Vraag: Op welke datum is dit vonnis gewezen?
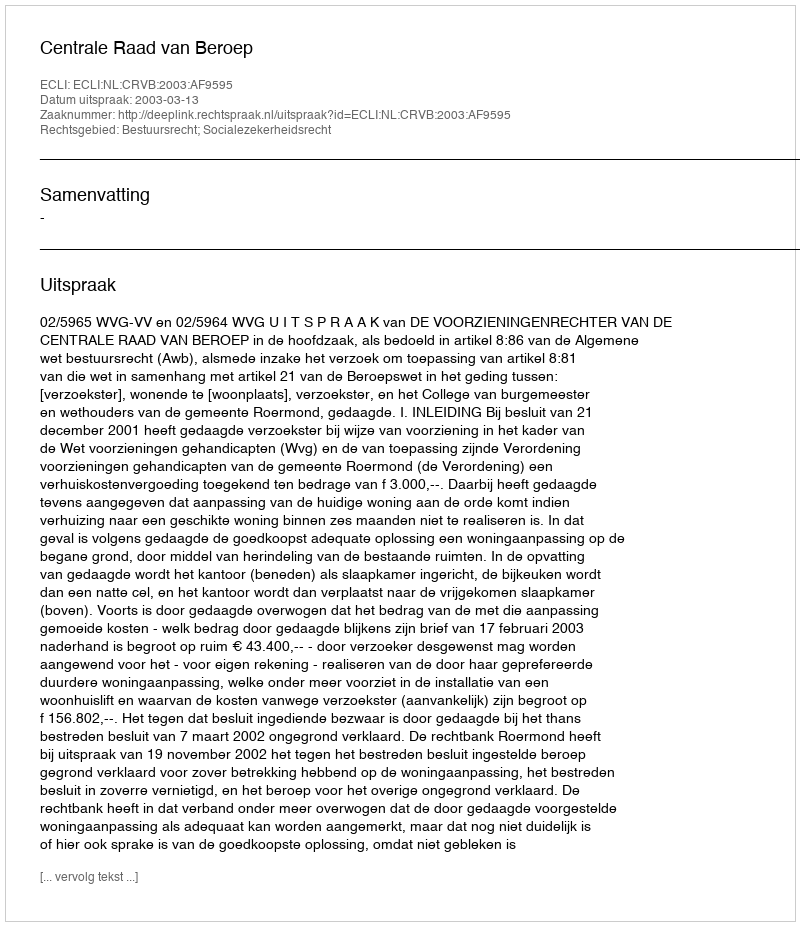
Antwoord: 2003-03-13